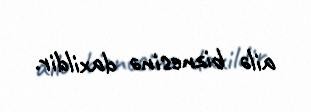
ailə biznesinə daxildir.